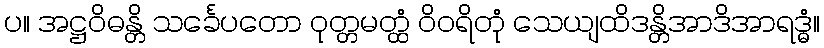
ပ။ အဋ္ဌဝိဓန္တိ သင်္ခေပတော ဝုတ္တမတ္ထံ ဝိဝရိတုံ သေယျထိဒန္တိအာဒိအာရဒ္ဓံ။